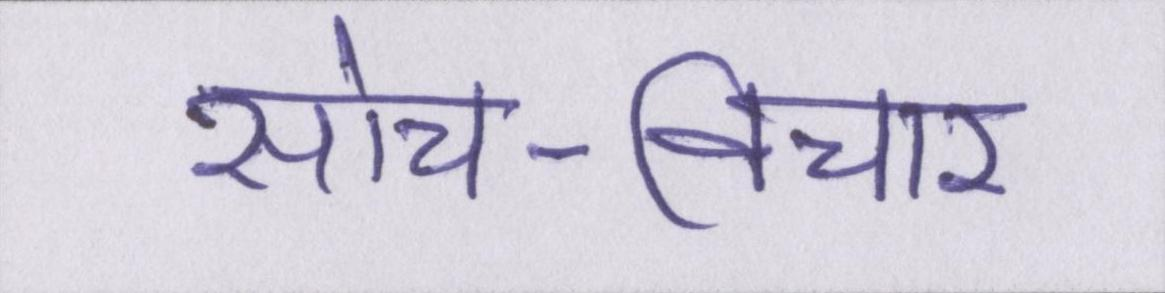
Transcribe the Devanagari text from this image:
सोच-विचार